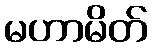
မဟာမိတ်